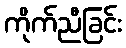
ကိုက်ညီခြင်း